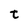
Character: t